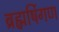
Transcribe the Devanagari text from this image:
ब्रह्मर्षिगण